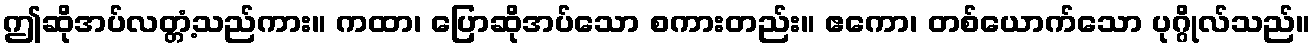
ဤဆိုအပ်လတ္တံ့သည်ကား။ ကထာ၊ ပြောဆိုအပ်သော စကားတည်း။ ဧကော၊ တစ်ယောက်သော ပုဂ္ဂိုလ်သည်။